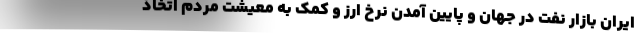
ایران بازار نفت در جهان و پایین آمدن نرخ ارز و کمک به معیشت مردم اتخاذ